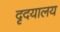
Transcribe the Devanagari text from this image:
दृदयालय